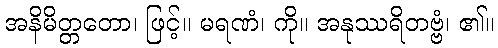
အနိမိတ္တတော၊ ဖြင့်။ မရဏံ၊ ကို။ အနုဿရိတဗ္ဗံ၊ ၏။